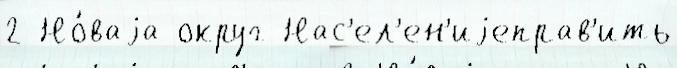
2 Но́ваjа округ Нас'ел'ен'иjеправ'ить